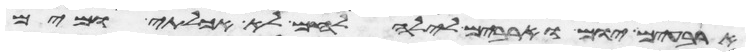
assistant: ארבעים יום וארבעים לילה לחם לא אכלתי ומים